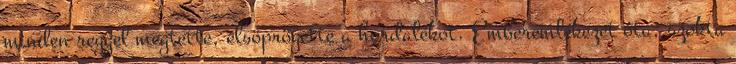
minden reggel megtette, elsöprögette a hordalékot. Emberemlékezet óta, szokta